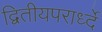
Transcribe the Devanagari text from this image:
द्वितीयपरार्ध्दे